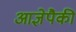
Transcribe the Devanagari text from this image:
आज्ञेपैकी